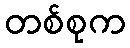
တစ်စုက